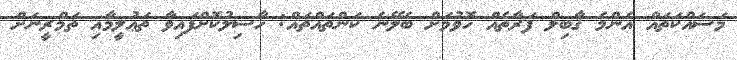
މަސައްކަތައް އެންމެ ޤާބިލް ފަރާތެއް ހޮވުމަށް ބެލޭނެ ކަންތައްތައް: ހާސިލުކޮށްފައިވާ ތަޢުލީމާއި ތަމްރީނަށް